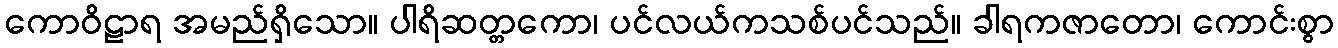
ကောဝိဠာရ အမည်ရှိသော။ ပါရိဆတ္တကော၊ ပင်လယ်ကသစ်ပင်သည်။ ခါရကဇာတော၊ ကောင်းစွာ